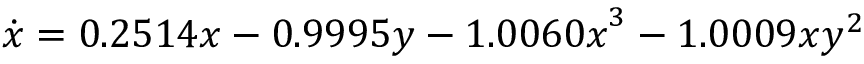
\dot { x } = 0 . 2 5 1 4 x - 0 . 9 9 9 5 y - { 1 . 0 0 6 0 x } ^ { 3 } - 1 . 0 0 0 9 x y ^ { 2 }